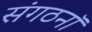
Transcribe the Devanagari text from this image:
संगठनॉ